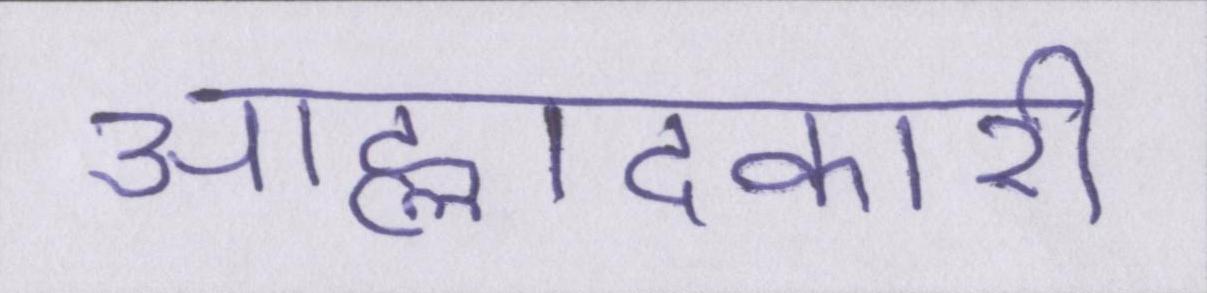
आह्लादकारी